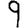
Digit: 9